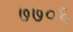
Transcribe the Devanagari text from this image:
७७०६